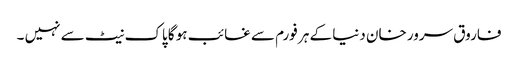
فاروق سرور خان دنیا کے ہر فورم سے غائب ہو گا پاک نیٹ سے نہیں ۔